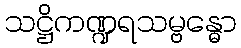
သဋ္ဌိကဏ္ဍရသမ္ဗန္ဓော